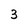
Character: 3